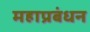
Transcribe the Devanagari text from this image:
महाप्रबंधन